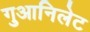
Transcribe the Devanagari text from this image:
गुआनिलेट